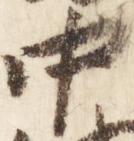
中